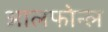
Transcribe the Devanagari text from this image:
आलफोन्ल